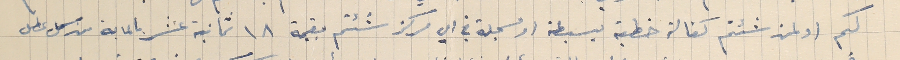
لكم او لمن شئتم كفالة خطية بسيطة او مسجلة في اي مركز شئتم بقيمة ١٨ ثمانية عشر بالماية من كل عطل